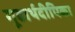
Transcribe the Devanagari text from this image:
गूढार्थदीपिका